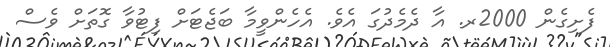
ފެށިގެން 2000ރ. އާ ދެމެދުގަ އެވެ. އެހެންވީމާ ބަޖެޓަަށް ފިޓުވާ ގޮތަށް ވެސް